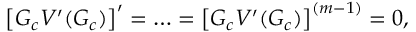
\left[ G _ { c } V ^ { \prime } ( G _ { c } ) \right] ^ { \prime } = \ldots = \left[ G _ { c } V ^ { \prime } ( G _ { c } ) \right] ^ { ( m - 1 ) } = 0 ,